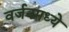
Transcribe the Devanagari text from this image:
वर्जनमध्ये